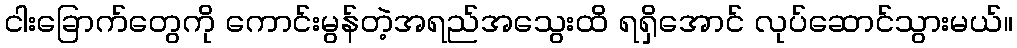
ငါးခြောက်တွေကို ကောင်းမွန်တဲ့အရည်အသွေးထိ ရရှိအောင် လုပ်ဆောင်သွားမယ်။